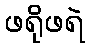
ဖရိုဖရဲ